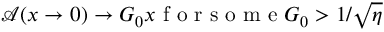
\mathcal { A } ( x \rightarrow 0 ) \rightarrow G _ { 0 } x \mathrm { ~ f ~ o ~ r ~ s ~ o ~ m ~ e ~ } G _ { 0 } > 1 / \sqrt { \eta }